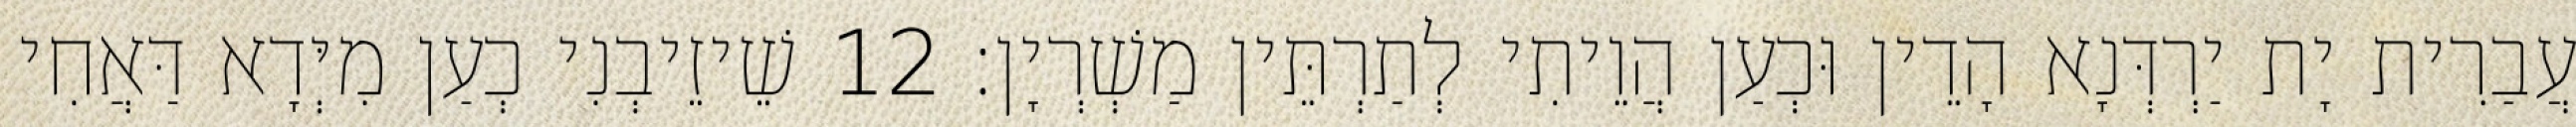
עֲבַרִית יָת יַרְדְּנָא הָדֵין וּכְעַן הֲוֵיתִי לְתַרְתֵּין מַשְׁרְיָן׃ 12 שֵׁיזֵיבְנִי כְעַן מִיְּדָא דַּאֲחִי